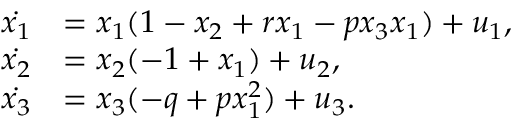
\begin{array} { l l } { \dot { { x } _ { 1 } } } & { = { x } _ { 1 } ( 1 - { x } _ { 2 } + { r } { x } _ { 1 } - { p } { x } _ { 3 } { x } _ { 1 } ) + { u } _ { 1 } , } \\ { \dot { { x } _ { 2 } } } & { = { x } _ { 2 } ( - 1 + { x } _ { 1 } ) + { u } _ { 2 } , } \\ { \dot { { x } _ { 3 } } } & { = { x } _ { 3 } ( - { q } + { p } { x } _ { 1 } ^ { 2 } ) + { u } _ { 3 } . } \end{array}